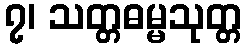
၇၊ သတ္တဓမ္မသုတ္တ